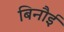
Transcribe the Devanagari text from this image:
बिनौई